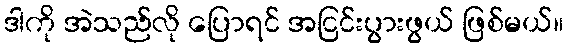
ဒါကို အဲသည်လို ပြောရင် အငြင်းပွားဖွယ် ဖြစ်မယ်။